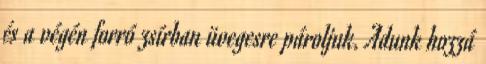
és a végén forró zsírban üvegesre pároljuk. Adunk hozzá